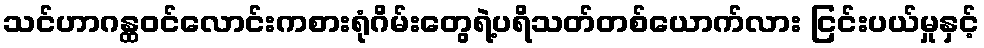
သင်ဟာဂန္ထဝင်လောင်းကစားရုံဂိမ်းတွေရဲ့ပရိသတ်တစ်ယောက်လား ငြင်းပယ်မှုနှင့်